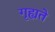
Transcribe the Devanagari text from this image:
गृह्यते